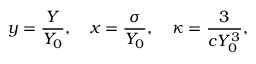
y = \frac { Y } { Y _ { 0 } } , \quad x = \frac { \sigma } { Y _ { 0 } } , \quad \kappa = \frac { 3 } { c Y _ { 0 } ^ { 3 } } ,